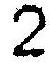
2